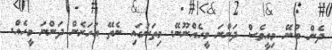
ދެން ބުނޭ މިއީވެސް ދަންނަ މީހެއްނޫނޭ. މިތަނުގައި ނެތޭ އަހަރެން ދަންނަ މީހެއް.